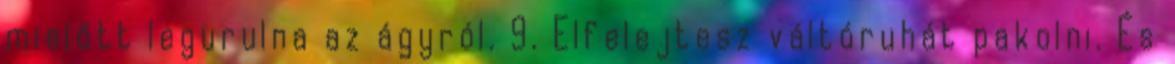
mielőtt legurulna az ágyról. 9. Elfelejtesz váltóruhát pakolni. És